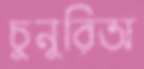
চুনুরিঅ